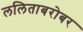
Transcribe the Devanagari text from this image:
ललिताबरोबर